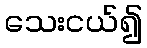
သေးငယ်၍